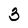
Character: 3